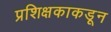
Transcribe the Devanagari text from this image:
प्रशिक्षकाकडून